Eesti_Rahvusfond, lk 134
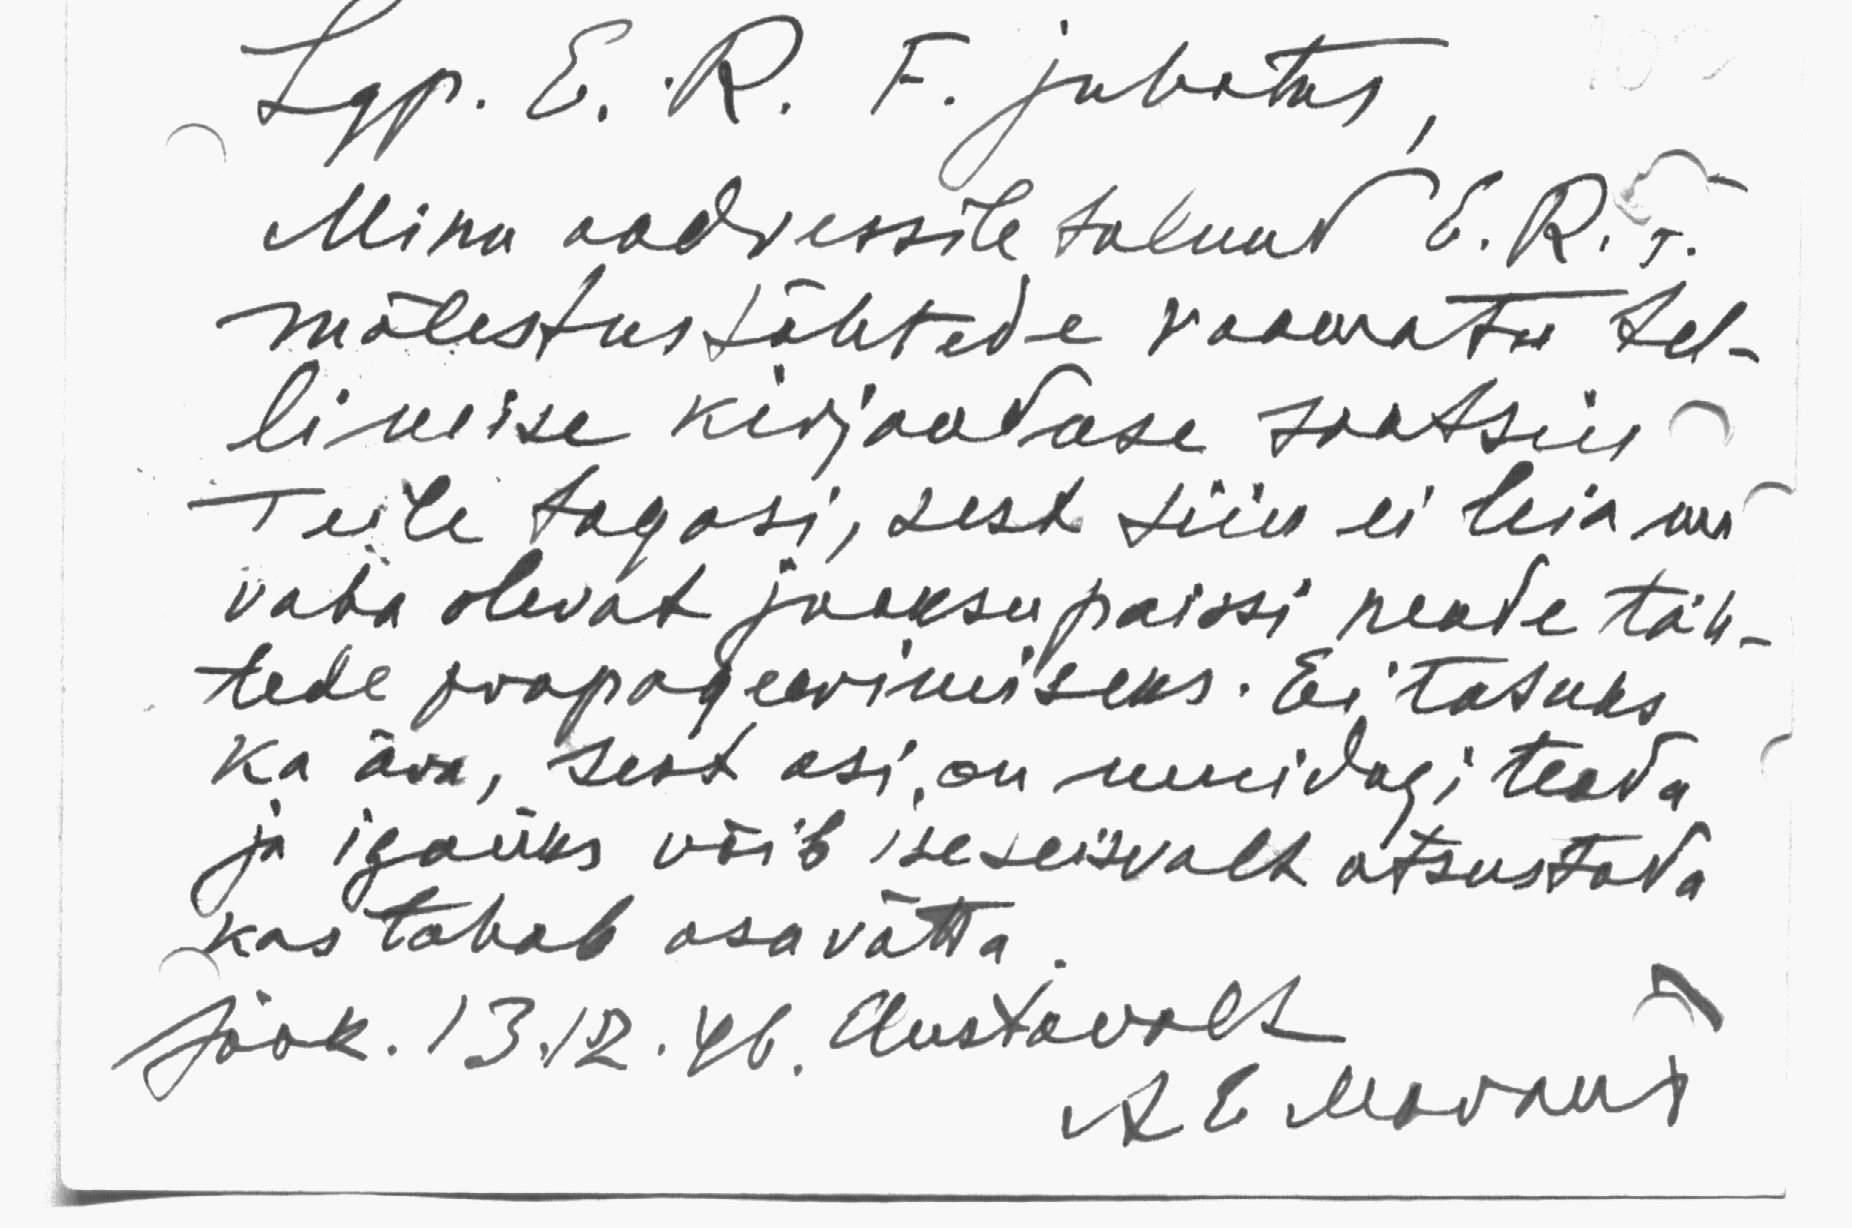
Lgp. E. R. F. juhatus
Minu aadressile tulnud E. R. F.
mälestustähtede raamatu tel-
limise kirjanduse saatsin
Teile tagasi, sest siin ei leia ma
vaba olevat jooksupoissi nende täh-
tede propageerimiseks. Ei tasuks
ka ära, sest asi on muidugi teada
ja igaüks võib iseseisvalt otsustada
kas tahab osavõtta
Jöok. 13.12.46, Austavalt
AElledavant